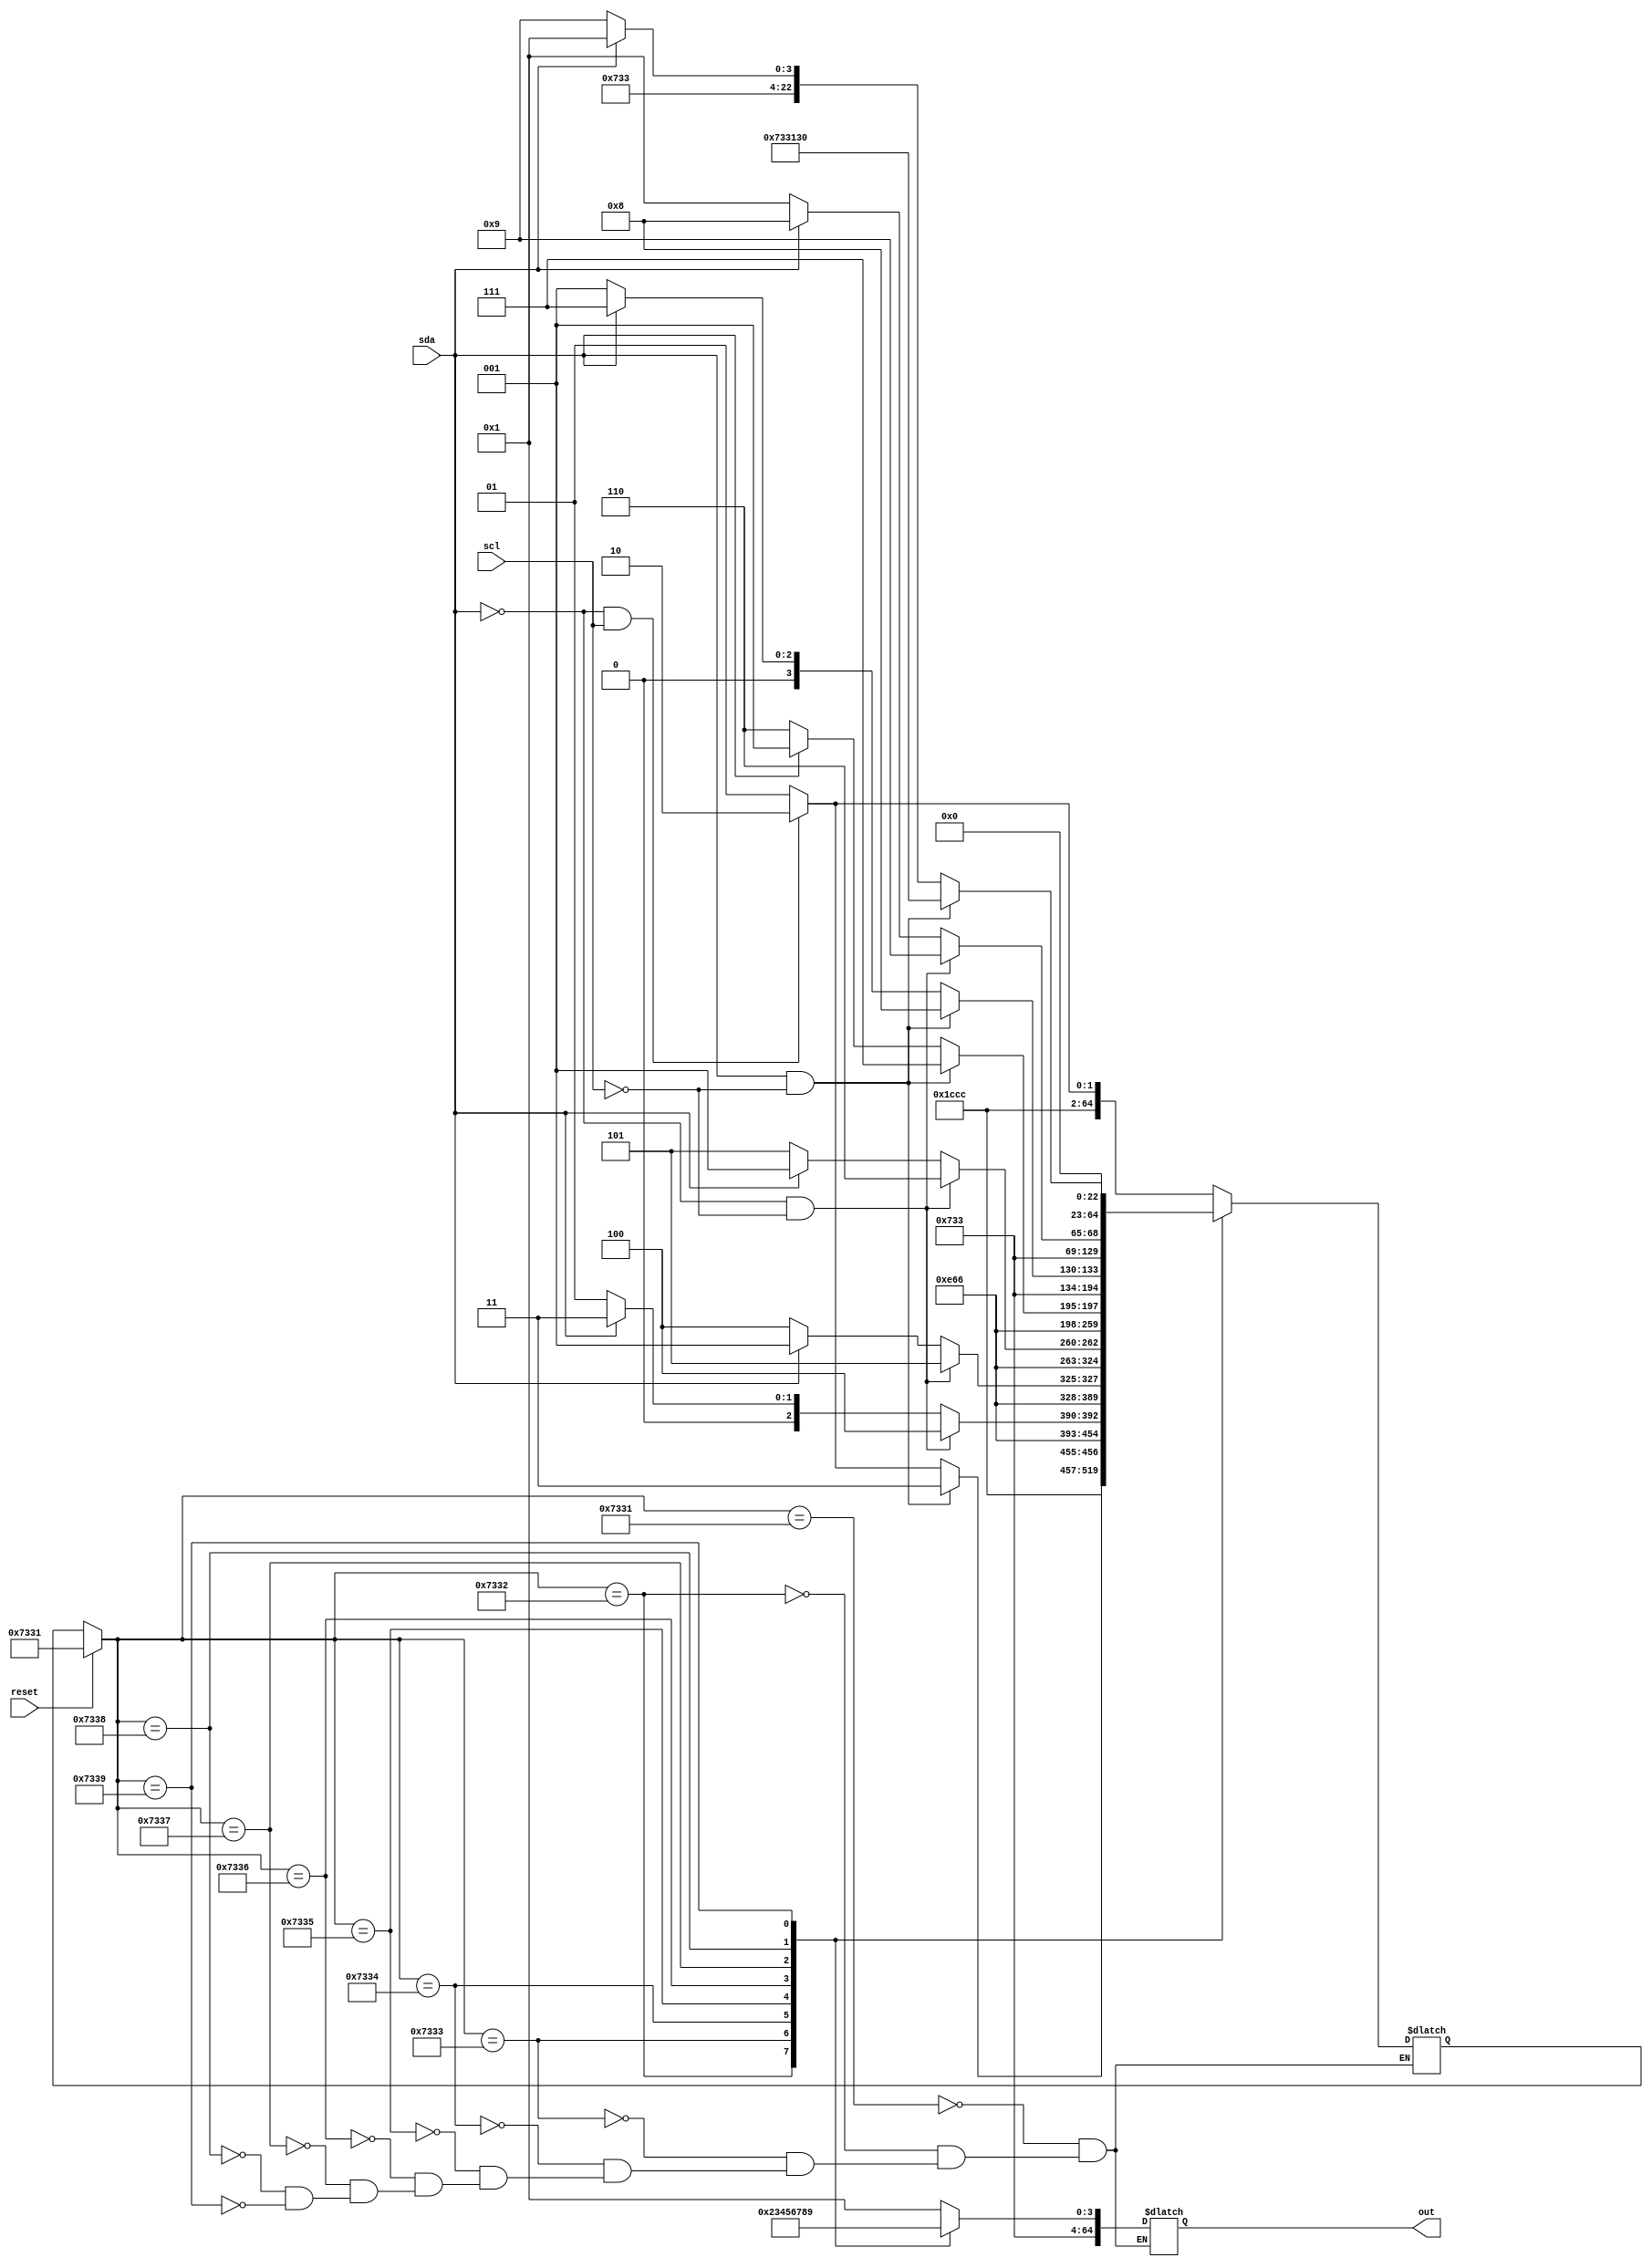
module i2c_raw(reset, scl, sda, out);
	input reset, scl, sda;
	output reg[64:0] out;
	parameter s1 = "s1", s2 = "s2", s3 = "s3", s4 = "s4", s5 = "s5", s6 = "s6", s7 = "s7", s8 = "s8", s9 = "s9", s10 = "s10", s11 = "s11", s12 = "s12", s13 = "s13", s14 = "s14", s15 = "s15", s16 = "s16", s17 = "s17", s18 = "s18", s19 = "s19", s20 = "s20", s21 = "s21", s22 = "s22", s23 = "s23", s24 = "s24", s25 = "s25", s26 = "s26", s27 = "s27", s28 = "s28", s29 = "s29", s30 = "s30", s31 = "s31", s32 = "s32", s33 = "s33", s34 = "s34", s35 = "s35", s36 = "s36", s37 = "s37", s38 = "s38", s39 = "s39", s40 = "s40", s41 = "s41", s42 = "s42", s43 = "s43", s44 = "s44", s45 = "s45", s46 = "s46", s47 = "s47", s48 = "s48", s49 = "s49", s50 = "s50", s51 = "s51", s52 = "s52", s53 = "s53", s54 = "s54", s55 = "s55", s56 = "s56", s57 = "s57", s58 = "s58", s59 = "s59", s60 = "s60", s61 = "s61", s62 = "s62", s63 = "s63", s64 = "s64", s65 = "s65", s66 = "s66", s67 = "s67", s68 = "s68", s69 = "s69", s70 = "s70", s71 = "s71", s72 = "s72", s73 = "s73", s74 = "s74", s75 = "s75", s76 = "s76", s77 = "s77", s78 = "s78", s79 = "s79", s80 = "s80", s81 = "s81", s82 = "s82", s83 = "s83", s84 = "s84", s85 = "s85", s86 = "s86", s87 = "s87", s88 = "s88", s89 = "s89", s90 = "s90", s91 = "s91", s92 = "s92", s93 = "s93", s94 = "s94", s95 = "s95", s96 = "s96", s97 = "s97", s98 = "s98", s99 = "s99", s100 = "s100", s101 = "s101";
	reg[64:0] state, nextState;
	reg[128:0] label;

	always @(*) begin
		if(reset) begin
			state <= s1;
		end
		else begin
			state <= nextState;
		end
	end

	always @(scl, sda) begin
		case(state)
		s1 : begin
			out <= s1;
			label <= 1'bx;
			if(sda == 0 && scl == 1) nextState <= s2;
			else nextState <= s1;
		end
		s2 : begin
			out <= s2;
			if(sda == 1 && scl == 0) nextState <= s3;
			else if(sda == 0 && scl == 1) nextState <= s2;
			else nextState <= s1;
		end
		s3 : begin
			out <= s3;
			if(sda == 0 && scl == 0) nextState <= s4;
			else if(sda == 1) nextState <= s3;
			else nextState <= s1;
		end
		s4 : begin
			out <= s4;
			if(sda == 0 && scl == 0) nextState <= s5;
			else if(sda == 0) nextState <= s4;
			else nextState <= s1;
		end
		s5 : begin
			out <= s5;
			if(sda == 0 && scl == 0) nextState <= s6;
			else if(sda == 0) nextState <= s5;
			else nextState <= s1;
		end
		s6 : begin
			out <= s6;
			if(sda == 1 && scl == 0) nextState <= s7;
			else if(sda == 0) nextState <= s6;
			else nextState <= s1;
		end
		s7 : begin
			out <= s7;
			if(sda == 1 && scl == 0) nextState <= s8;
			else if(sda == 1) nextState <= s7;
			else nextState <= s1;
		end
		s8 : begin
			out <= s8;
			if(sda == 0 && scl == 0) nextState <= s9;
			else if(sda == 1) nextState <= s8;
			else nextState <= s1;
		end
		s9 : begin
			out <= s9;
			if(sda == 1 && scl == 0) nextState <= s10;
			else if(sda == 0) nextState <= s9;
			else nextState <= s1;
		end
		s10 : begin
		end
		endcase
	end
endmodule